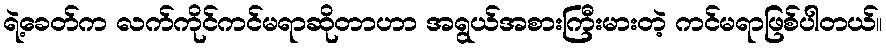
ရဲ့ခေတ်က လက်ကိုင်ကင်မရာဆိုတာဟာ အရွယ်အစားကြီးမားတဲ့ ကင်မရာဖြစ်ပါတယ်။